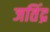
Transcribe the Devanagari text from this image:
जतिंद्र